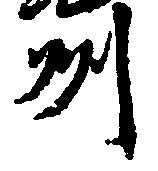
州